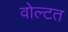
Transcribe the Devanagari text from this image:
वोल्टत